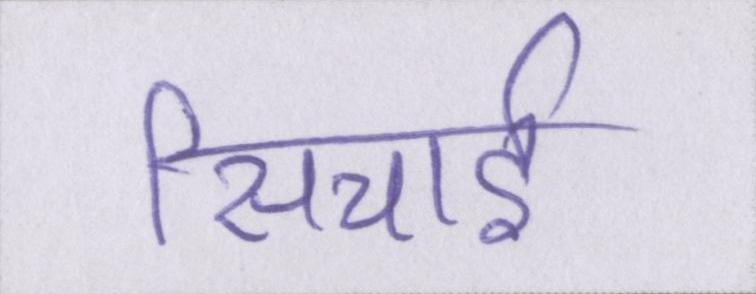
सिचाई